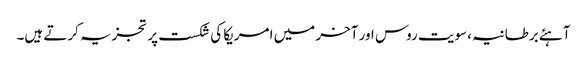
آہئے برطانیہ،سویت روس اور آخر میں امریکا کی شکست پر تجزیہ کرتے ہیں۔